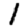
Digit: 1